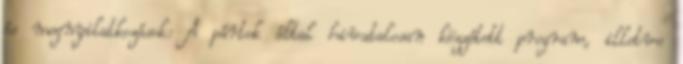
és megnyilatkozások: A pártok által hivatalosan közzétett program, illetve